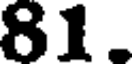
81.